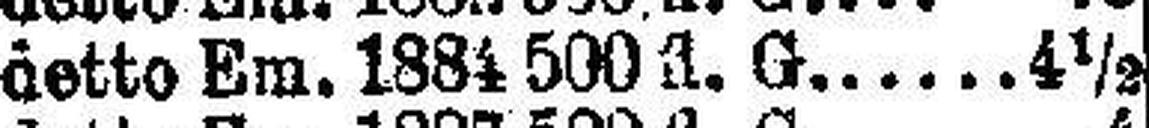
detto Em. 1884 500 fl. G 4½